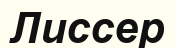
Лиссер